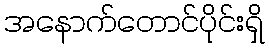
အနောက်တောင်ပိုင်းရှိ